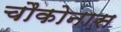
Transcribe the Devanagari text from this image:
चौकोनास